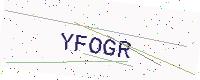
Text: YFOGR